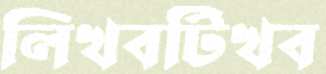
লিখবটিখব